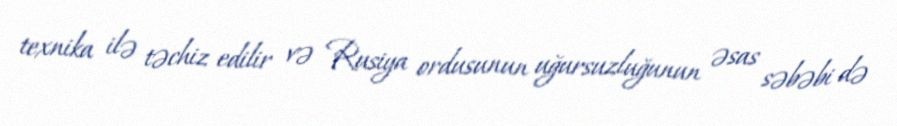
texnika ilə təchiz edilir və Rusiya ordusunun uğursuzluğunun əsas səbəbi də